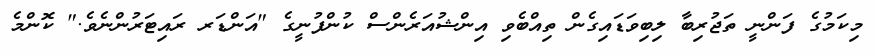
މިކަމުގެ ފަންނީ ތަޖުރިބާ ލިބިވަޑައިގެން ތިއްބެވި އިންޝުއަރެންސް ކުންފުނީގެ "އަންޑަރ ރައިޓަރުންނެވެ." ކޮންމެ